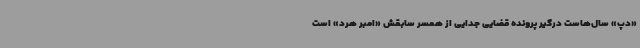
«دپ» سال‌هاست درگیر پرونده قضایی جدایی از همسر سابقش «امبر هرد» است